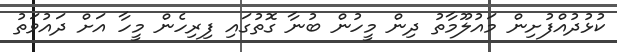
ކުޅުދުއްފުށިން މައުލޫމާތު ދިން މީހުން ބުނާ ގޮތުގައި ފިރިހެން މީހާ އަށް ދައުވަތު